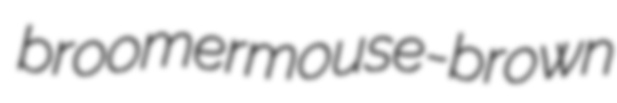
broomer mouse-brown